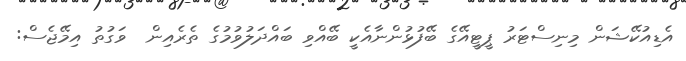
އެޑިއުކޭޝަން މިނިސްޓަރު ޕީޓީއޭގެ ބޭފުޅުންނާއެކީ ބޭއްވި ބައްދަލުވުމުގެ ތެރެއިން  ވަގުތު އިމޭޖެސް: